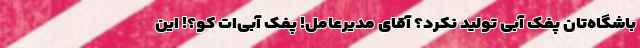
باشگاه‌تان پفک آبی تولید نکرد؟ آقای مدیرعامل! پفک آبی‌ات کو؟! این